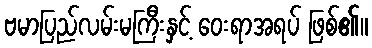
ဗမာပြည်လမ်းမကြီးနှင့် ဝေးရာအရပ် ဖြစ်၏။